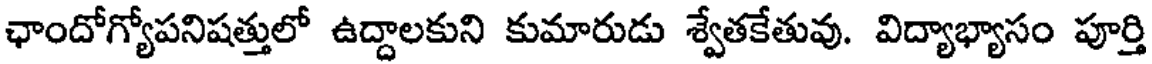
ఛాందోగ్యోపనిషత్తులో ఉద్దాలకుని కుమారుడు శ్వేతకేతువు. విద్యాభ్యాసం పూర్తి